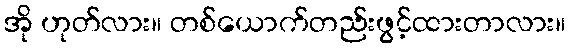
အို ဟုတ်လား။ တစ်ယောက်တည်းဖွင့်ထားတာလား။